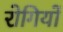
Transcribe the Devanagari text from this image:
रोगियों